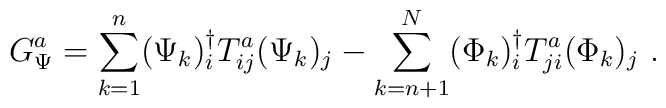
G_\Psi^a = \sum_{k=1}^n (\Psi_k )_i^\dagger T_{ij}^a  (\Psi_k )_j - \sum_{k=n+1}^N (\Phi_k )_i^\dagger T_{ji}^a (\Phi_k )_j~.